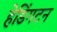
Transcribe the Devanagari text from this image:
हेडिंगटन